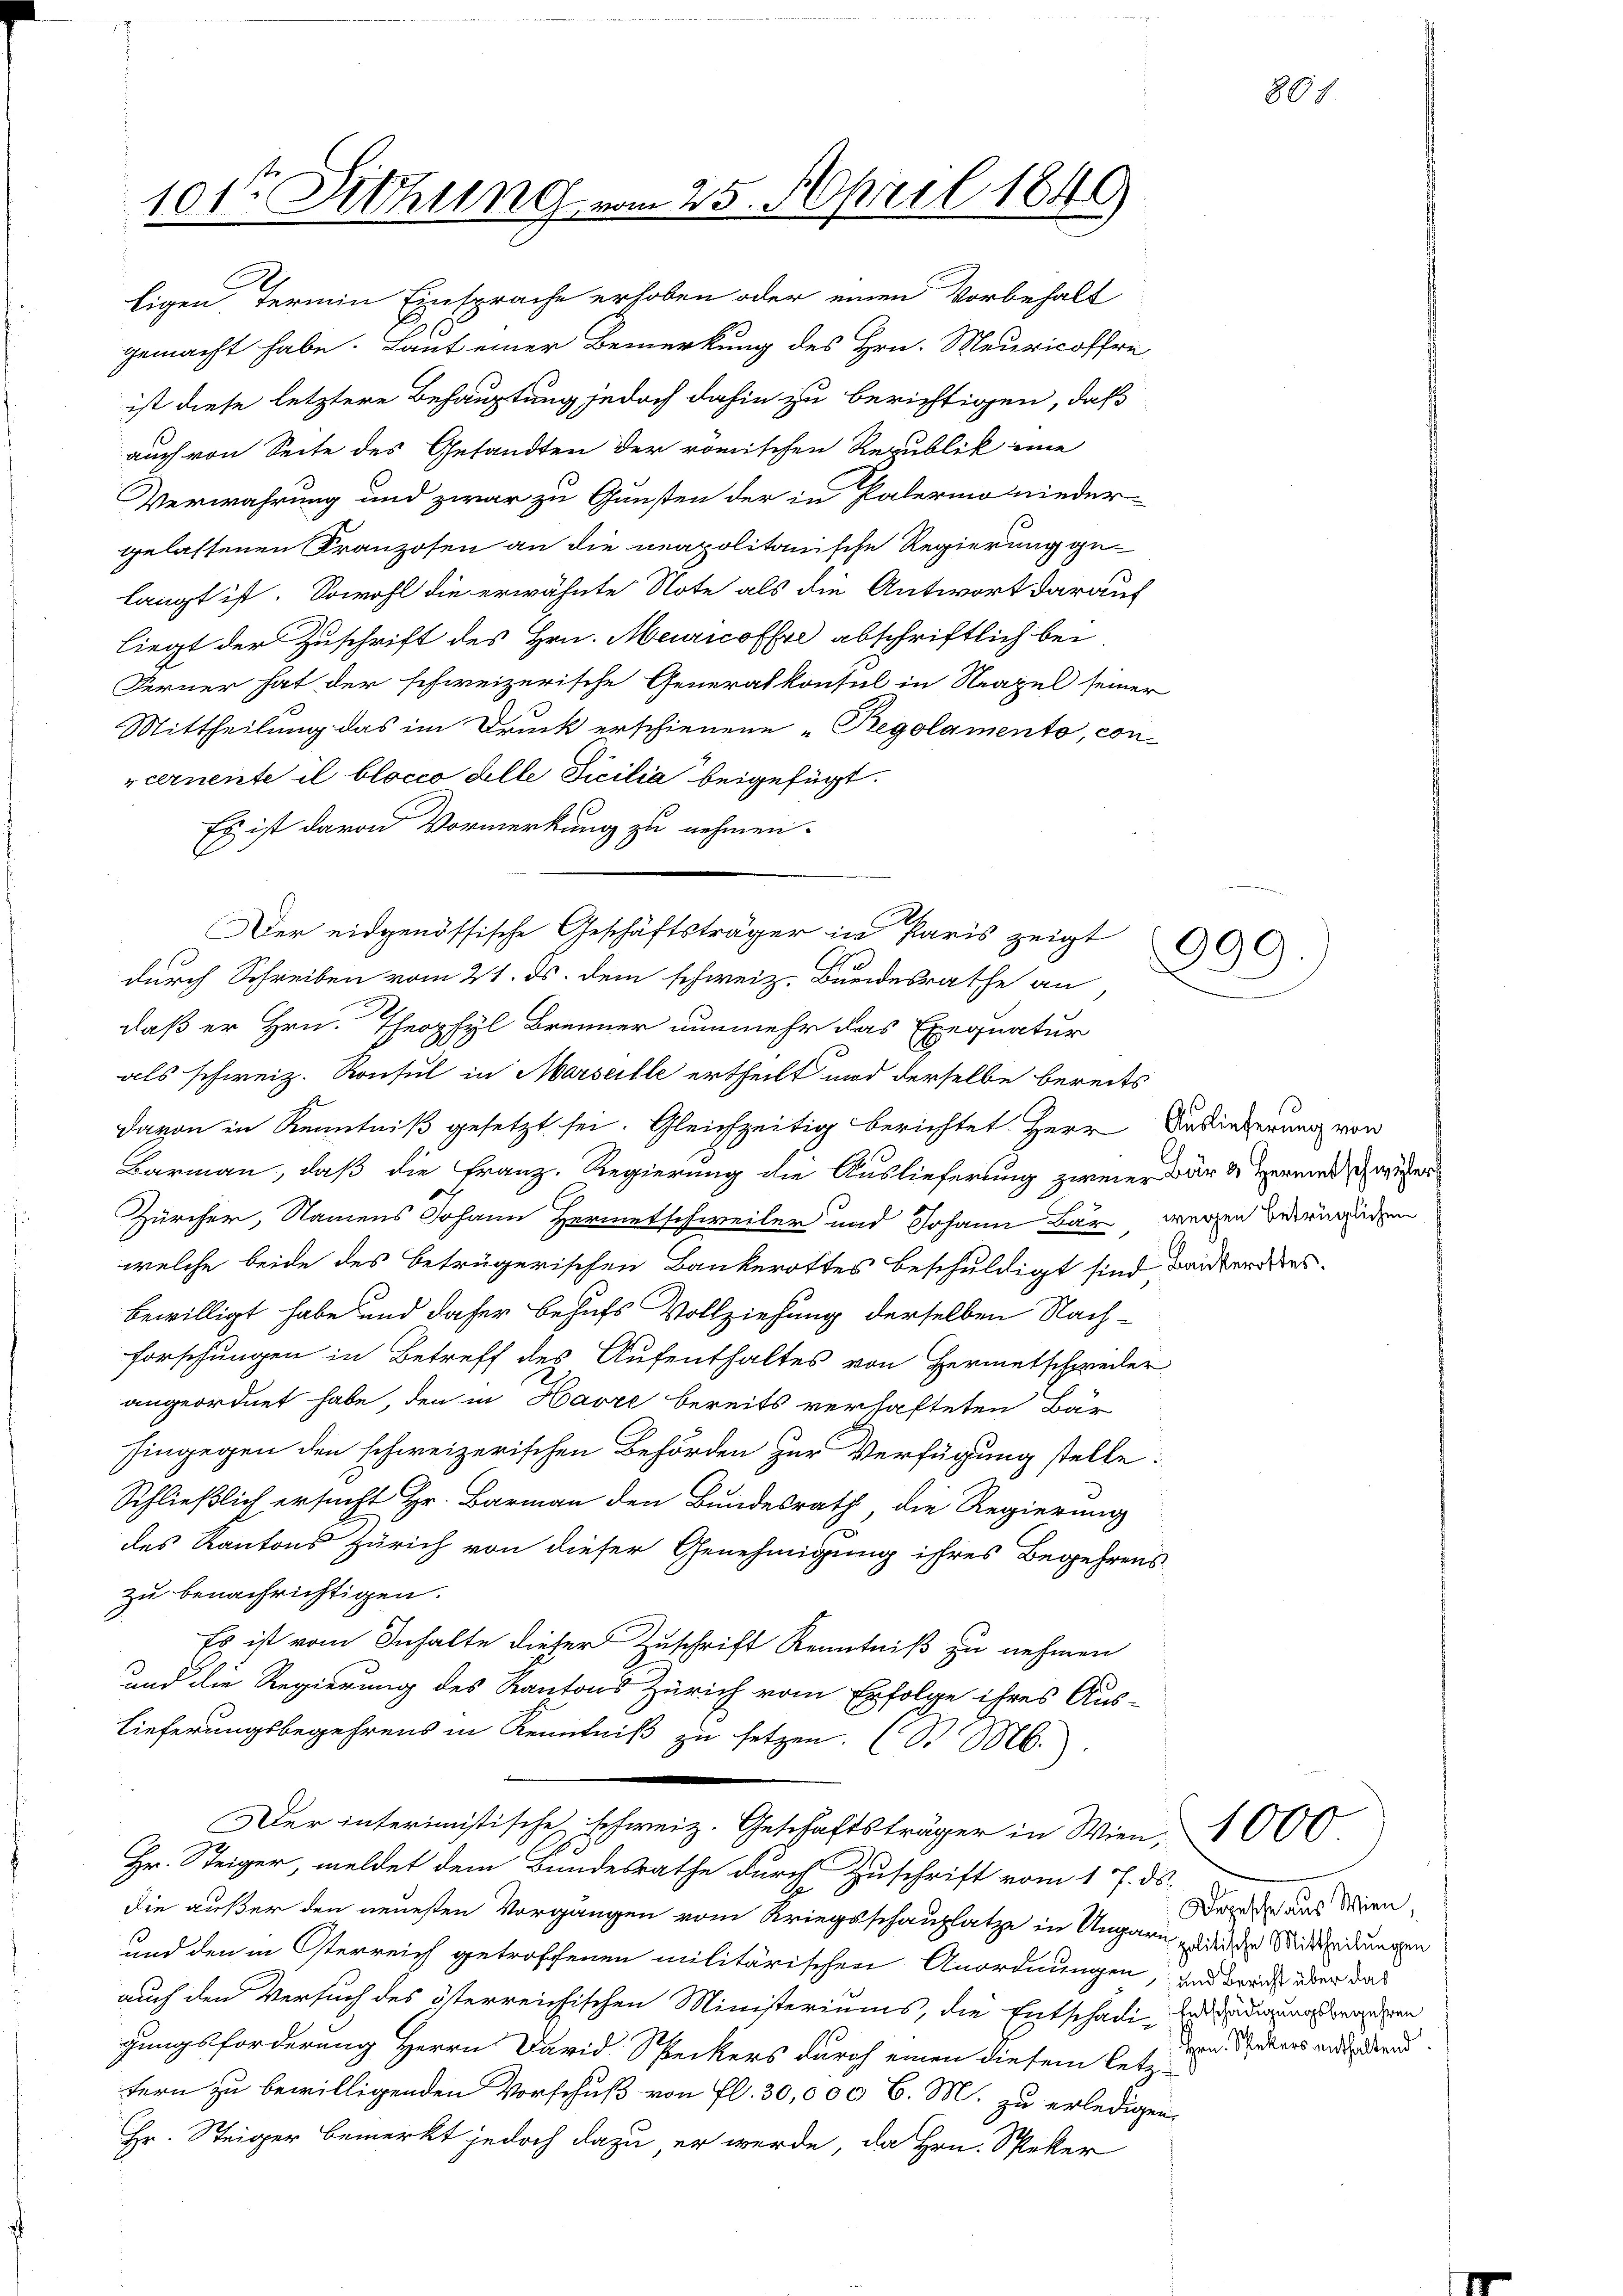
101t Dichung vom 25. April 1840

Eigen, Termin Einsprache erhoben oder einen Vorbehalt
gemacht habe. Laut einer Bemerkung des Hrn. Meuricoffre
ist diese letztere Behauptung jedoch dahin zu berichtigen, daß
auch von Seite des Gesandten der römischen Republik eine
Verwahrung und zwar zu Gunsten der in Palermo nieder-
gelassenen Kranzosen an die neapolitanische Regierung gelangt ist. Sowohl die erwähnte Note als die Antwort darauf
liegt der Zuschrift des Hrn. Meuricoffte abschriftlich bei
Ferner hat der schweizerische Generalkonsul in Neapel seiner
Mittheilung das im Druck erschienene „Regolamento, con-
vcernente il blocco delle dicilia beigefügt.
Es ist davon Vormerkung zu nehmen.
durch Schreiben vom 21. ds. dem schweiz. Bundesrathe an,
daß er Hrn. Theophyl Brenner nunmehr das Exequatur
als schweiz. Konsul in Marseille ertheilt und derselbe bereits
davon in Kenntniß gesetzt sei. Gleichzeitig berichtet Herr Auslieferung von
Barmann, daß die Franz. Regierung die Auslieferung zweier war & Vermetschwier
Zürcher, Namens Johann Hermetschweiler und Johann bar wegen Bernenden
welche beide des betrügerischen Bankerottes beschuldigt sind baidter des
bewilligt habe und daher behufs Vollziehung derselben Nachforschungen in Betreff des Aufenthaltes von Hermetschweder
angeordnet habe, den in Havre bereits verhafteten Bär
hingegen den schweizerischen Behörden zur Verfügung stelle:
Schließlich ersucht Hr. Barmann den Bundesrath, die Regierung
des Kantons Zürich von dieser Genehmigung ihres Begehrens
zu benachrichtigen.
Es ist vom Inhalte dieser Zuschrift Kenntniß zu nehmen
und die Regierung des Kantons Zürich vom Erfolge ihres Aus-
Lieferungsbegehrens in Kenntniß zu setzen. (S. M.
n
Der interimistische schweiz. Geschäftsträger in Wien, 1000
Hr. Steiger, meldet dem Bundesrathe durch Zuschrift vom 17. ds.
die außer den neuesten Vorgängen vom Kriegsschauplatze in Ungarn zu der Mitteilungen
und den in Osterreich getroffenen militärischen Anordnungen, und dreiß über das
auch den Versuch des österreichischen Ministeriums, die Entschädi-Antradigung wegen
gungsforderung Herrn David Speckers durch einen diesem letzt von Vaters andend
tern zu bewilligenden Vorschuß von fl. 30,000 l. M. zu erledigen,
Hr. Steiger bemerkt jedoch dazu, er werde, da Hrn. Speker

Der eidgenössische Geschäftsträger in Paris zeigt

x
399.)

869

Depesche aus Wien,